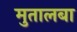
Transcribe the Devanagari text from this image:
मुतालबा